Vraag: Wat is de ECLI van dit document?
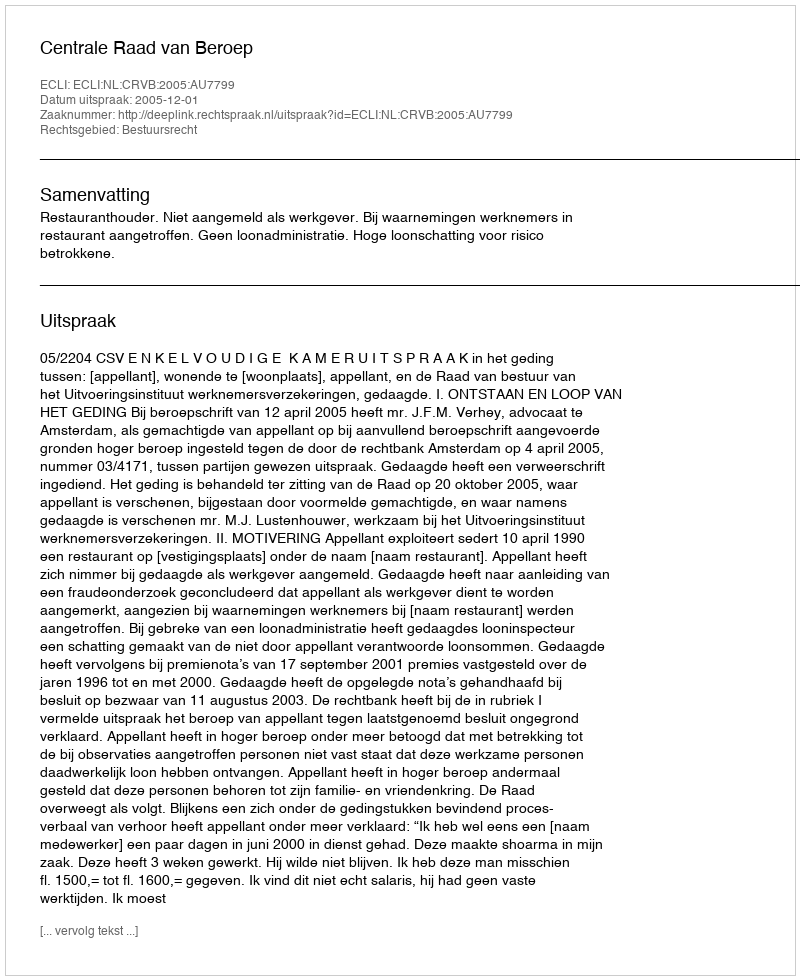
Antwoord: ECLI:NL:CRVB:2005:AU7799